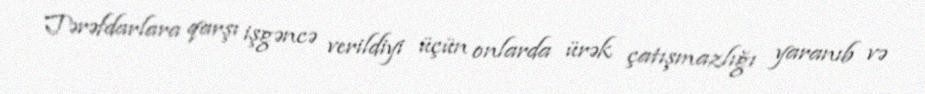
Tərəfdarlara qarşı işgəncə verildiyi üçün onlarda ürək çatışmazlığı yaranıb və